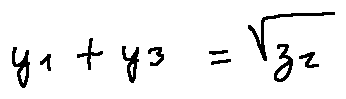
y _ { 1 } + y _ { 3 } = \sqrt { z _ { 2 } }